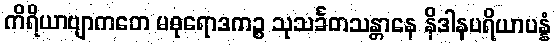
ကိရိယာဗျာကတေ မဓုရောဒကဉ္စ သုသင်္ခတသန္တာနေ နိဒါနပရိယာပန္နံ